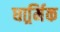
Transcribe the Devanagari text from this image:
धार्र्मिक